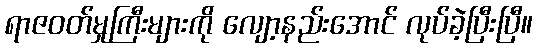
ရာဇဝတ်မှုကြီးများကို လျော့နည်းအောင် လုပ်ခဲ့ပြီးပြီ။